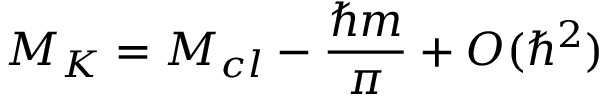
M _ { K } = M _ { c l } - \frac { \hbar m } { \pi } + O ( \hbar ^ { 2 } )